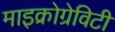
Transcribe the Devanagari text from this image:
माइक्रोग्रेविटी